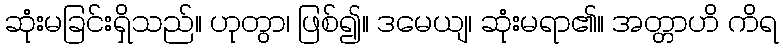
ဆုံးမခြင်းရှိသည်။ ဟုတွာ၊ ဖြစ်၍။ ဒမေယျ၊ ဆုံးမရာ၏။ အတ္တာဟိ ကိရ